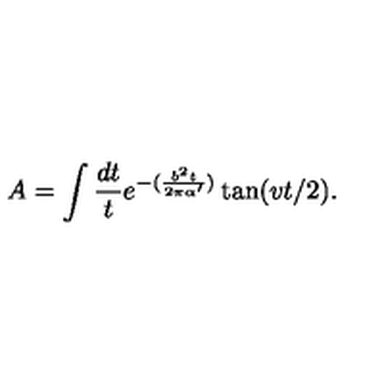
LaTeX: A = \int \frac { d t } { t } e ^ { - ( \frac { b ^ { 2 } t } { 2 \pi \alpha ^ { \prime } } ) } \tan ( v t / 2 ) .